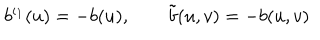
LaTeX: b ^ { \iota _ { 1 } } ( u ) = - b ( u ) , \qquad \tilde { b } ( u , v ) = - b ( u , v )